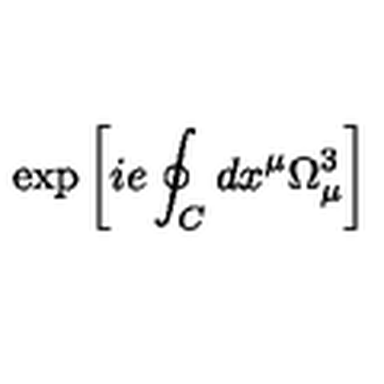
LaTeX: \exp \left[ i e \oint _ { C } d x ^ { \mu } \Omega _ { \mu } ^ { 3 } \right]